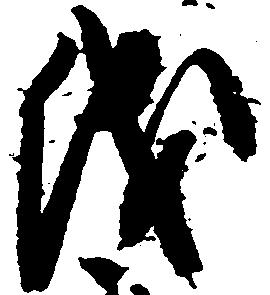
儀